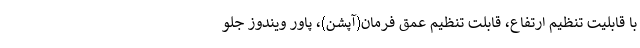
با قابلیت تنظیم ارتفاع، قابلت تنظیم عمق فرمان(آپشن)، پاور ویندوز جلو